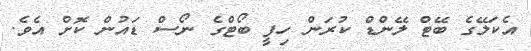
އެކަލޭގެ ބޭޓް ލޭންޑް ކުރަން ހިފީ ބޯޓްގެ ނޯސް ޑައުން ކޮށް އެވެ.